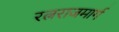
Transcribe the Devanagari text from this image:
रत्नराजमार्ग